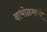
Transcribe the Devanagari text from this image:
दाभोळमध्ये